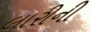
લારીની